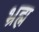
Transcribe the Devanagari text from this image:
भ्रह्म